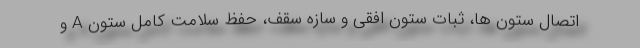
اتصال ستون ها، ثبات ستون افقی و سازه سقف، حفظ سلامت کامل ستون A و